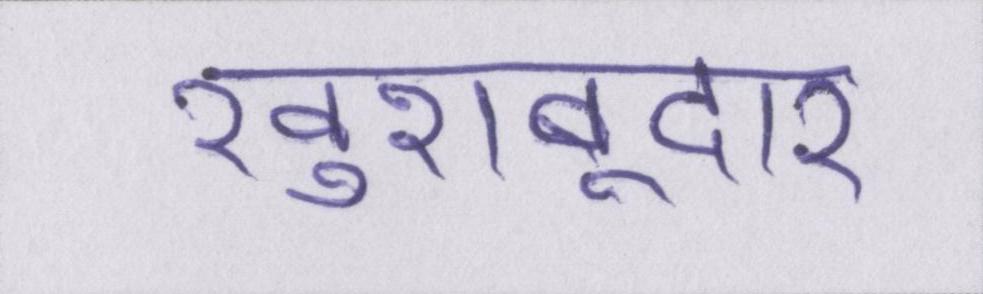
खुशबूदार